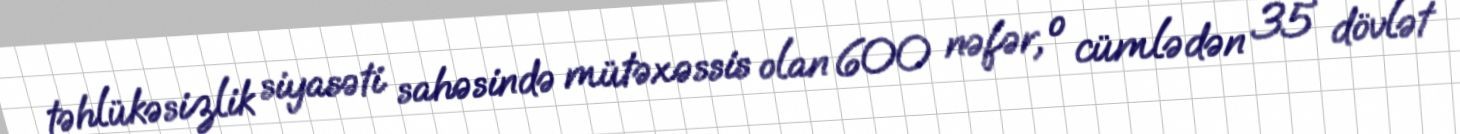
təhlükəsizlik siyasəti sahəsində mütəxəssis olan 600 nəfər, o cümlədən 35 dövlət